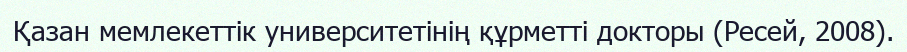
Қазан мемлекеттік университетінің құрметті докторы (Ресей, 2008).